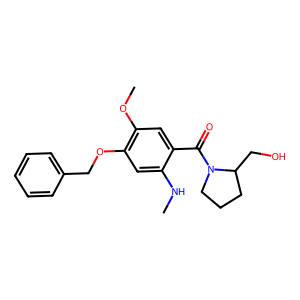
SMILES: CNc1cc(OCc2ccccc2)c(OC)cc1C(=O)N1CCCC1CO
Inhibits HIV replication: No